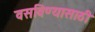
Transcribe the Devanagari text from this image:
वसविण्यासाठी